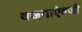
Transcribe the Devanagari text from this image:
वजनाऐवजी